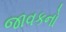
જાવકનો